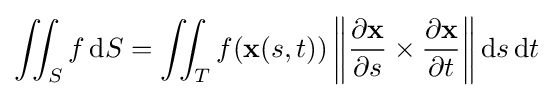
\iint _{S}f\,\mathrm {d} S=\iint _{T}f(\mathbf {x} (s,t))\left\|{\partial \mathbf {x}  \over \partial s}\times {\partial \mathbf {x}  \over \partial t}\right\|\mathrm {d} s\,\mathrm {d} t